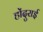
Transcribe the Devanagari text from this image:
होंदुराई